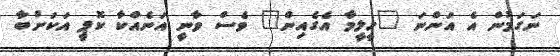
ނަގަމުން އެ އަންނަ "ހީލީމާ އެގެއިން" ވެސް ވާނީ އަނެއްކާ ކޮޕީ އަކަށްބާ